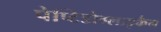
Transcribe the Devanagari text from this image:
पेप्टिडोग्लाइकैन